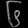
Digit: ၆